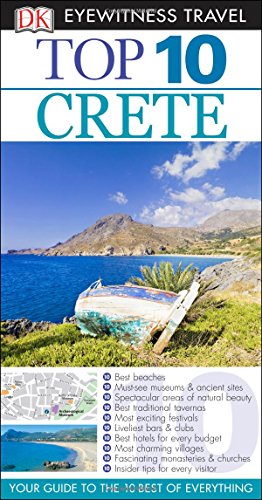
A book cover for Top 10 Crete (Eyewitness Top 10 Travel Guide); Robin Gauldie; Travel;